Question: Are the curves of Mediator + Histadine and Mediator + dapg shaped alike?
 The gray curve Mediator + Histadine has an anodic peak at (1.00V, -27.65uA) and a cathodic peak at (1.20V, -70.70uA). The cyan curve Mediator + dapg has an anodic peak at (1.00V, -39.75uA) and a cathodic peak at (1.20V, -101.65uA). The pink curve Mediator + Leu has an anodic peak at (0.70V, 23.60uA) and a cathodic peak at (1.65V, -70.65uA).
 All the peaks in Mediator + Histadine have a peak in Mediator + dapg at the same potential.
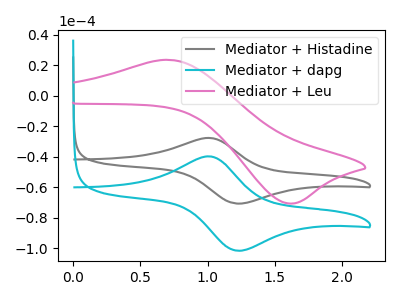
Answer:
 <answer>"Mediator + Histadine" and "Mediator + dapg" are similar in shape.</answer>
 <eval>same_shape</eval>